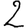
Digit: 2